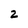
Character: z